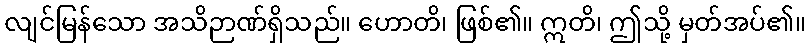
လျင်မြန်သော အသိဉာဏ်ရှိသည်။ ဟောတိ၊ ဖြစ်၏။ ဣတိ၊ ဤသို့ မှတ်အပ်၏။